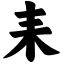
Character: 耒